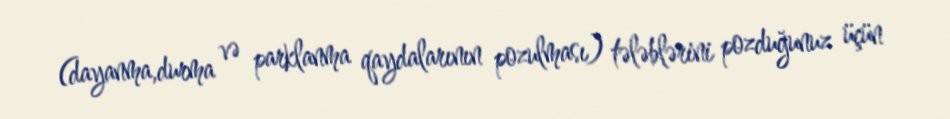
(dayanma,durma və parklanma qaydalarının pozulması) tələblərini pozduğunuz üçün